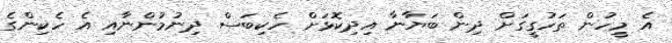
އެ މީހުން ތަހުގީގަށް ދިން ބަޔާނާ އިދިކޮޅަށް ހެކިބަސް ދިނުމުންނާއި އެ ހެކިންގެ